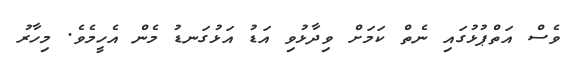
ވެސް އަތްޕުޅުގައި ނެތް ކަމަށް ވިދާޅުވި އަޑު އަޅުގަނޑު މެން އެހީމެވެ. މިހާރު